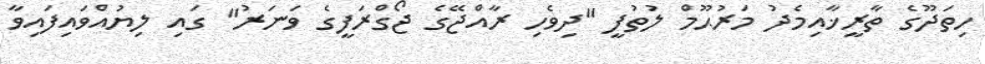
ހިތަދޫގެ ތާރީޚާއިމެދު މަރުޙޫމް ލުތުފީ "ދިވެހި ރާއްޖޭގެ ޖޯގްރަފީގެ ވަނަރު" ގައި ލިޔުއްވައިފައިވާ